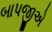
બાપજીએ